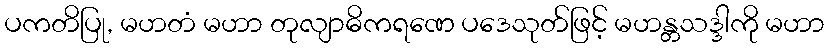
ပကတိပြု, မဟတံ မဟာ တုလျာဓိကရဏေ ပဒေသုတ်ဖြင့် မဟန္တသဒ္ဒါကို မဟာ